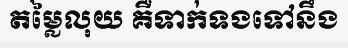
តម្លៃលុយ គឺទាក់ទងទៅនឹង